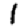
Digit: 1